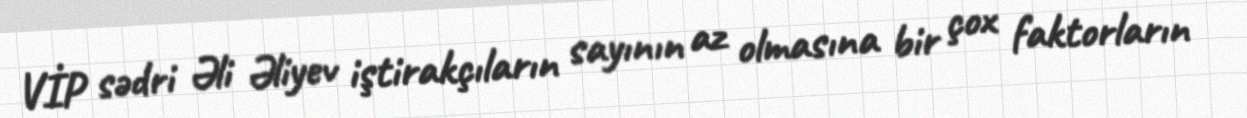
VİP sədri Əli Əliyev iştirakçıların sayının az olmasına bir çox faktorların